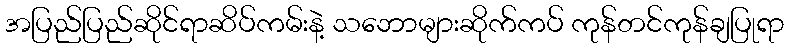
အပြည်ပြည်ဆိုင်ရာဆိပ်ကမ်းနဲ့ သဘောများဆိုက်ကပ် ကုန်တင်ကုန်ချပြုရာ